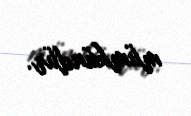
mümkündür.